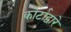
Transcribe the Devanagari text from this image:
कोर्टाद्वारे